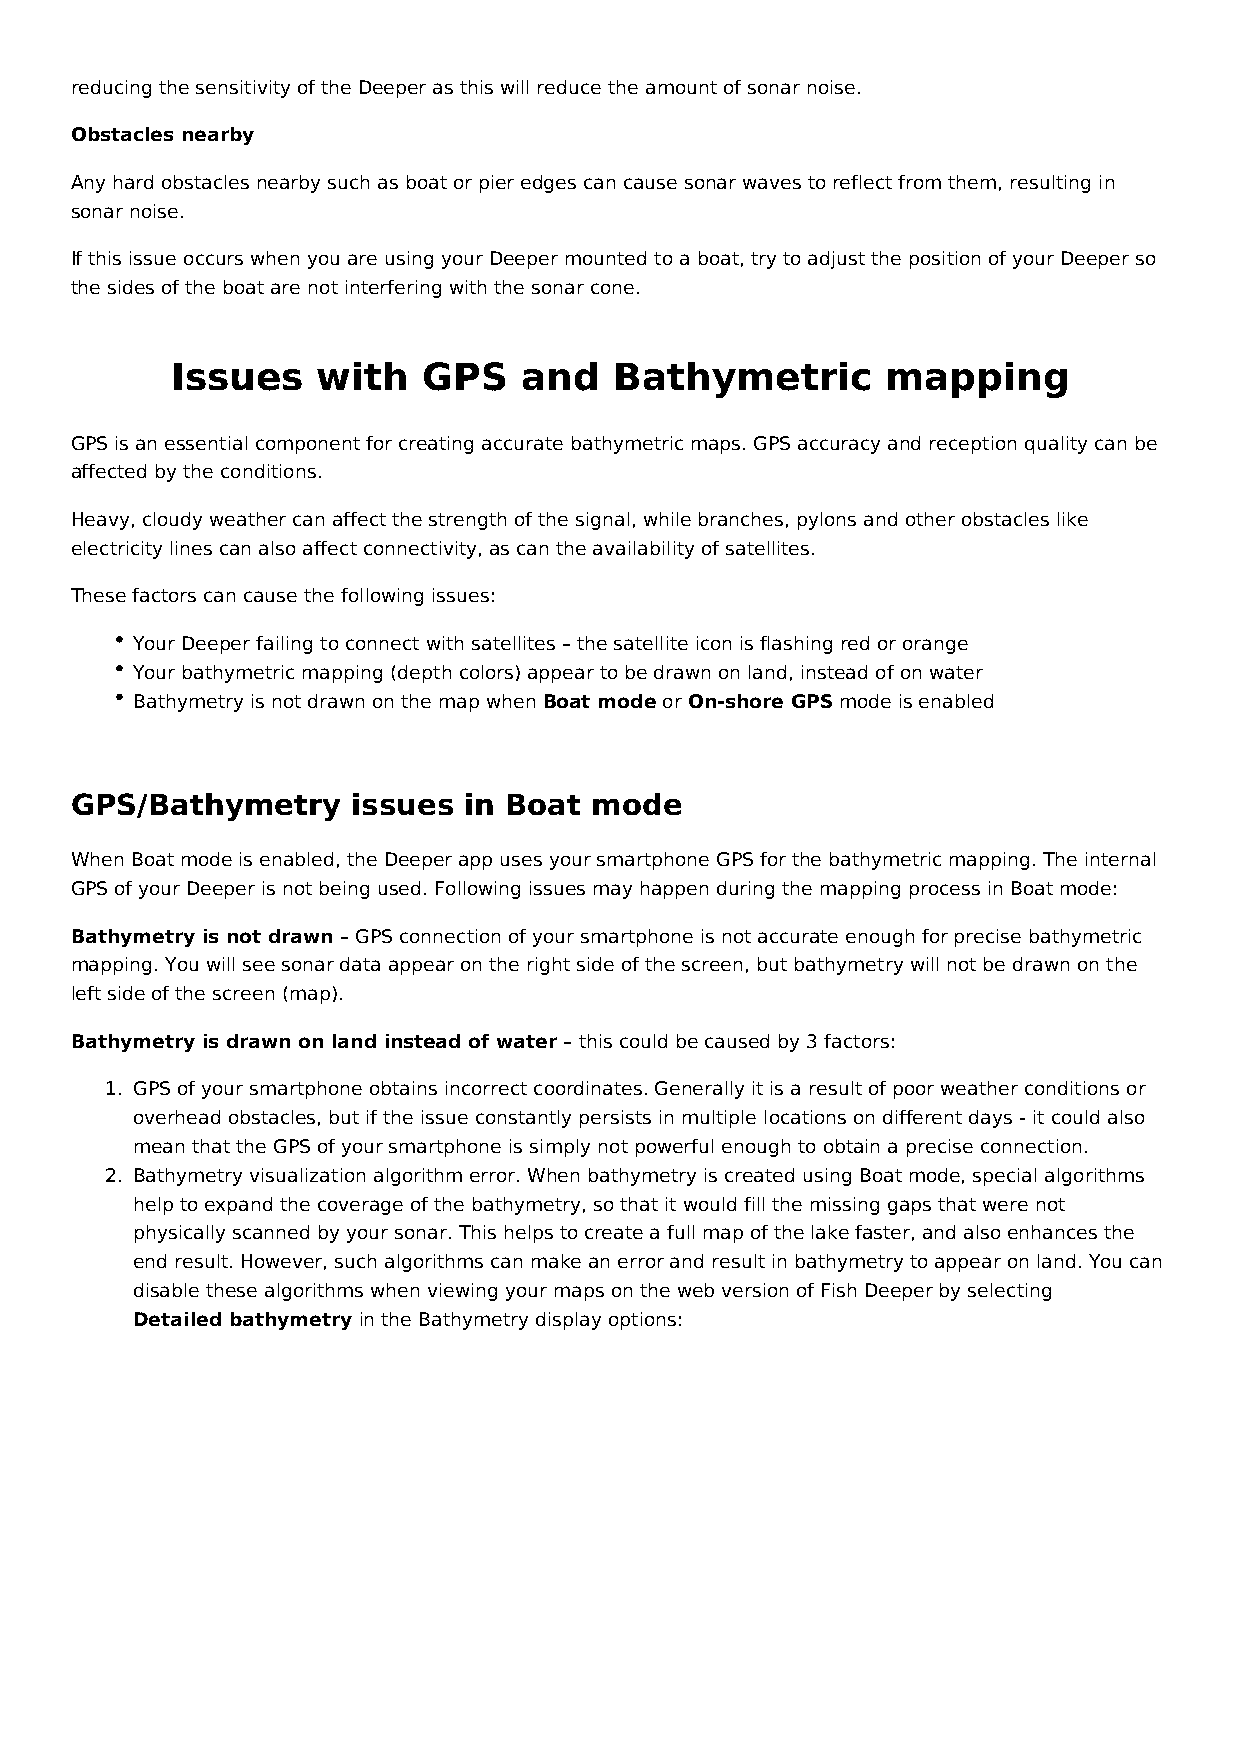
reducing the sensitivity of the Deeper as this will reduce the amount of sonar noise.
 Obstacles nearby
 Any hard obstacles nearby such as boat or pier edges can cause sonar waves to reflect from them, resulting in
 sonar noise.
 If this issue occurs when you are using your Deeper mounted to a boat, try to adjust the position of your Deeper so
 the sides of the boat are not interfering with the sonar cone.
 Issues    with   GPS   and    Bathymetric       mapping
 GPS is an essential component for creating accurate bathymetric maps. GPS accuracy and reception quality can be
 affected by the conditions.
 Heavy, cloudy weather can affect the strength of the signal, while branches, pylons and other obstacles like
 electricity lines can also affect connectivity, as can the availability of satellites.
 These factors can cause the following issues:
 Your Deeper failing to connect with satellites – the satellite icon is flashing red or orange
 Your bathymetric mapping (depth colors) appear to be drawn on land, instead of on water
 Bathymetry is not drawn on the map when Boat mode or On-shore GPS mode is enabled
 GPS/Bathymetry    issues  in Boat mode
 When Boat mode is enabled, the Deeper app uses your smartphone GPS for the bathymetric mapping. The internal
 GPS of your Deeper is not being used. Following issues may happen during the mapping process in Boat mode:
 Bathymetry is not drawn – GPS connection of your smartphone is not accurate enough for precise bathymetric
 mapping. You will see sonar data appear on the right side of the screen, but bathymetry will not be drawn on the
 left side of the screen (map).
 Bathymetry is drawn on land instead of water – this could be caused by 3 factors:
 1. GPS of your smartphone obtains incorrect coordinates. Generally it is a result of poor weather conditions or
 overhead obstacles, but if the issue constantly persists in multiple locations on different days - it could also
 mean that the GPS of your smartphone is simply not powerful enough to obtain a precise connection.
 2. Bathymetry visualization algorithm error. When bathymetry is created using Boat mode, special algorithms
 help to expand the coverage of the bathymetry, so that it would fill the missing gaps that were not
 physically scanned by your sonar. This helps to create a full map of the lake faster, and also enhances the
 end result. However, such algorithms can make an error and result in bathymetry to appear on land. You can
 disable these algorithms when viewing your maps on the web version of Fish Deeper by selecting
 Detailed bathymetry in the Bathymetry display options: